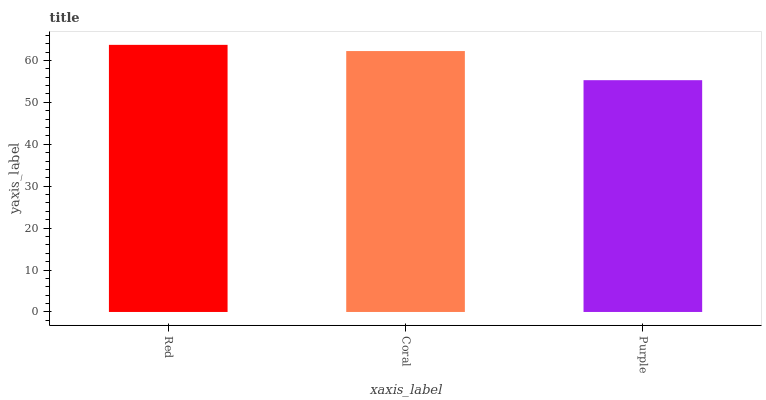
| xaxis_label | bars |
 | --- | --- |
 | Red | 63.7 |
 | Coral | 62.2 |
 | Purple | 55.3 |